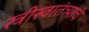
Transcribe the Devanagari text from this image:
स्त्रीस्वातंत्र्याचे